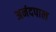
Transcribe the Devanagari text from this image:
अनंदपाल